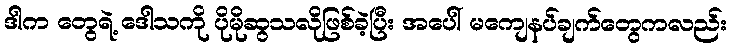
ဒါက တွေရဲ့ ဒေါသကို ပိုမိုဆွသလိုဖြစ်ခဲ့ပြီး အပေါ် မကျေနပ်ချက်တွေကလည်း